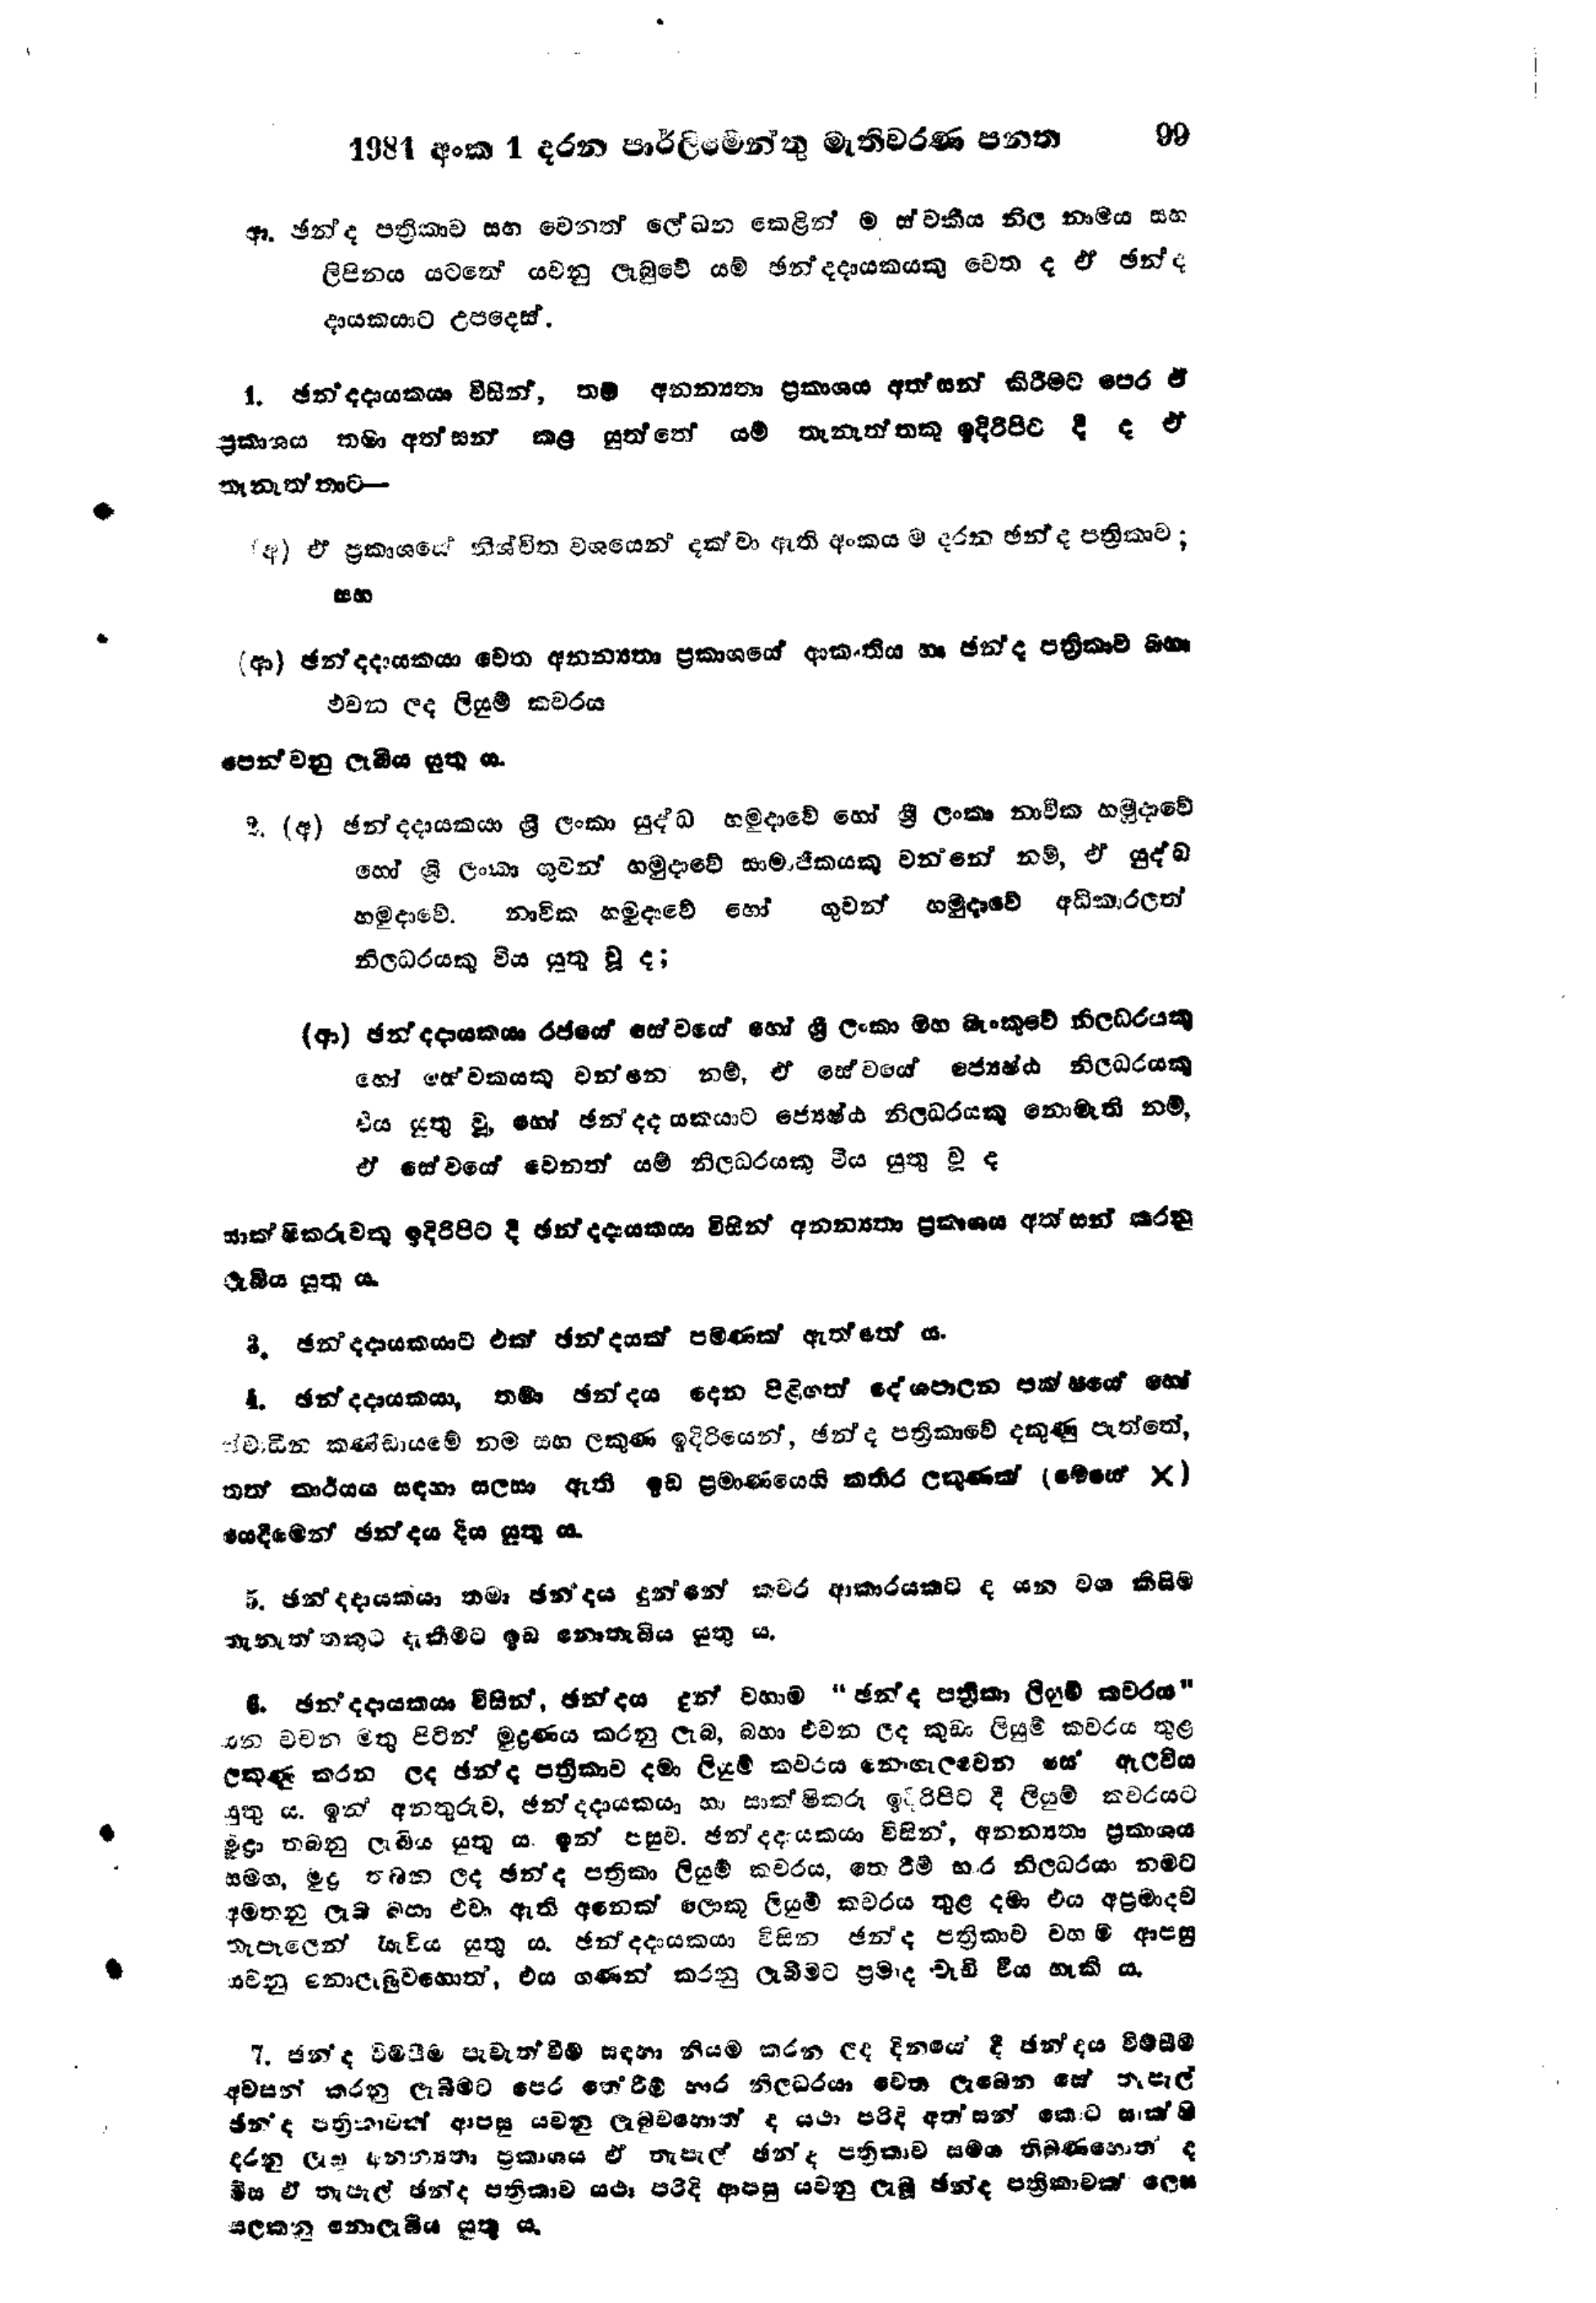
1981 අංක 1 දරන පාර්ලිමේන්තු මැතිවරණ පනත			99

ඈ. ඡන්ද පත්‍රිකාව සහ වෙනත් ලේඛන කෙළින් ම ස් වකීය නිල නාමය සහ
ලිපිනය යටතේ යවනු ලැබුවේ යම් ඡන්දදායකයකු වෙතද ඒ ඡන්ද
දායකයාට උපදෙස්.

1. ඡන්දදායකයා විසින්, තම අනන්‍යතා ප්‍රකාශය අත්සන් කිරීමට පෙර ඒ
ප්‍රකාශය තමා අත්සන් කළ යුත්තේ යම් තැනැත්තකු ඉදිරිපිට දී ද ඒ
තැනැත්තාට-

අ) ඒ ප්‍රකාශයේ නිශ්චිත වශයෙන් දක්වා ඇති අංකය ම දරන ඡන්ද පත්‍රිකාව;
සහ

(ආ) ඡන්දදායකයා වෙත අනන්‍යතා ප්‍රකාශයේ ආකෘතිය හා ඡන්ද පත්‍රිකාව බහා
එවන ලද ලියුම් කවරය

පෙන්වනු ලැබිය යුතු ය.

2. (අ) ඡන්දදායකයා ශ්‍රී ලංකා යුද්ධ හමුදාවේ හෝ ශ්‍රී ලංකා නාවික හමුදාවේ
හෝ ශ්‍රී ලංකා ගුවන් හමුදාවේ සාමාජිකයකු වන්නේ නම්, ඒ යුද්ධ
හමුදාවේ. නාවික හමුදාවේ හෝ ගුවන් හමුදාවේ අධිකාරලත්
නිලධරයකු විය යුතු වූ ද;

(ආ) ඡන්දදායකයා රජයේ සේවයේ හෝ ශ්‍රී ලංකා මහ බැංකුවේ නිලධරයකු
හෝ සේවකයකු වන්නෙ නම්, ඒ සේවයේ ජ්‍යෙෂ්ඨ නිලධරයකු
විය යුතු වූ, හෝ ඡන්දදායකයාට ජ්‍යෙෂ්ඨ නිලධරයකු නොමැති නම්,
ඒ සේවයේ වෙනත් යම් නිලධරයකු විය යුතු වූ ද

සාක්ෂිකරුවකු ඉදිරිපිට දී ඡන්දදායකයා විසින් අනන්‍යතා ප්‍රකාශය අත්සන් කරනු
ලැබිය යුතු ය.

3. ඡන්දදායකයාට එක් ඡන්දයක් පමණක් ඇත්තේ ය.

4. ඡන්දදායකයා, තමා ඡන්දය දෙන පිළිගත් දේශපාලන පක්ෂයේ හෝ
ස්වාධීන කණ්ඩායමේ නම සහ ලකුණ ඉදිරියෙන්, ඡන්ද පත්‍රිකාවේ දකුණු පැත්තේ,
තත් කාර්යය සඳහා සලසා ඇති ඉඩ ප්‍රමාණයෙහි කතිර ලකුණක් (මෙසේ  X)
යෙදීමෙන් ඡන්දය දිය යුතු ය.

5. ඡන්දදායකයා තමා ඡන්දය දුන්නේ කවර ආකාරයකට ද යන වග කිසිම
තැනැත්තකුට දැකීමට ඉඩ නොතැබිය යුතු ය.

6. ඡන්දදායකයා විසින්, ඡන්දය දුන් වහාම "ඡන්ද පත්‍රිකා ලියුම් කවරය "
යන වචන මතු පිටින් මුද්‍රණය කරනු ලැබ, බහා එවන ලද කුඩා ලියුම් කවරය තුළ
ලකුණු කරන ලද ඡන්ද පත්‍රිකාව දමා ලියුම් කවරය නොගැලවෙන සේ ඇලවිය
යුතු ය. ඉන් අනතුරුව, ඡන්දදායකයා හා සාක්ෂිකරු ඉදිරිපිට දී ලියුම් කවරයට
මුද්‍රා තබනු ලැබිය යුතු ය. ඉන් පසුව, ඡන්දදායකයා විසින්, අනන්‍යතා ප්‍රකාශය
සමග, මුද්‍රණ තබන ලද ඡන්ද පත්‍රිකා ලියුම් කවරය, තේරීම් භාර නිලධරයා නමට
අමතනු ලැබ බහා එවා ඇති අනෙක් ලොකු ලියුම් කවරය තුළ දමා එය අප්‍රමාදව
තැපෑලෙන් යැවිය යුතු ය. ඡන්දදායකයා විසින් ඡන්ද පත්‍රිකාව වහාම ආපසු
යවනු නොලැබුවහොත්, එය ගණන් කරනු ලැබීමට ප්‍රමාද වැඩි විය හැකි ය.

7. ඡන්ද විමසීම පැවැත්වීම සඳහා නියම කරන ලද දිනයේ දී ඡන්දය විමසීම
අවසන් කරනු ලැබීමට පෙර තේරීම් භාර නිලධරයා වෙත ලැබෙන සේ තැපැල්
ඡන්ද පත්‍රිකාවක් ආපසු යවනු ලැබුවහොත් ද යථා පරිදි අත්සන් කොට සාක්ෂි
දරනු ලැබූ අනන්‍යතා ප්‍රකාශය ඒ තැපැල් ඡන්ද පත්‍රිකාව සමග තිබුණහොත් ද
මිස ඒ පැල් ඡන්ද පත්‍රිකාව යථා පරිදි ආපසු යවනු ලැබූ ඡන්ද පත්‍රිකාවක් ලෙස
සලකනු නොලැබිය යුතු ය.